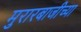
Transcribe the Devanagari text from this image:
मुरारबाजीच्या